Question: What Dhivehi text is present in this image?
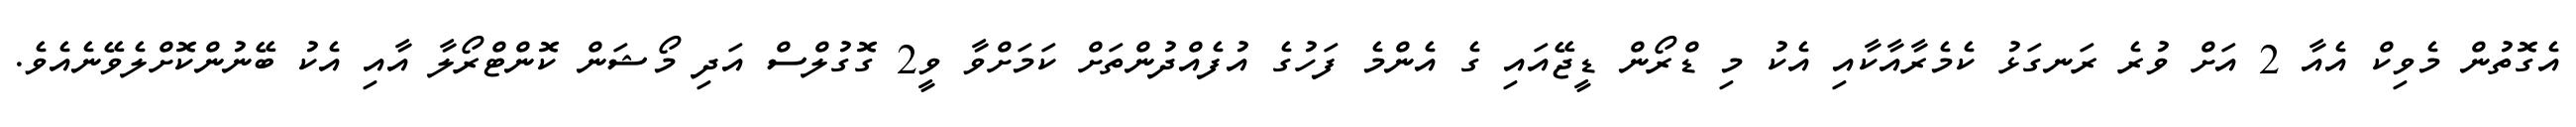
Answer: އެގޮތުން މެވިކް އެއާ 2 އަށް ވުރެ ރަނގަޅު ކެމެރާއާކާއި އެކު މި ޑްރޯން ޑީޖޭއައި ގެ އެންމެ ފަހުގެ އުފެއްދުންތަށް ކަމަށްވާ ވީ2 ގޮގުލްސް އަދި މޯޝަން ކޮންޓްރޯލާ އާއި އެކު ބޭނުންކޮށްލެވޭނެއެވެ.